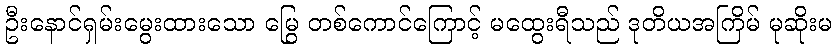
ဦးနောင်ရှမ်းမွေးထားသော မြွေ တစ်ကောင်ကြောင့် မထွေးရီသည် ဒုတိယအကြိမ် မုဆိုးမ